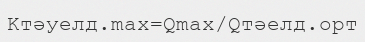
Kтәуелд.max=Qmax/Qтәелд.орт